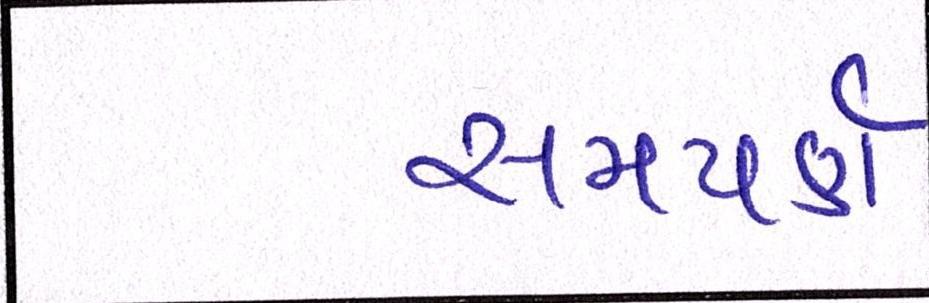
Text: સમપર્ણ